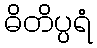
ဓိတိပ္ပရံ